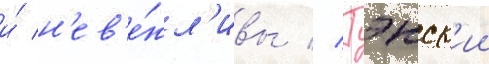
и́ н'ев'е́жл'ивы // Гэнск'ии